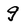
Character: g